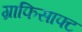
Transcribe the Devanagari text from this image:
ग्राफिसाफ्ट